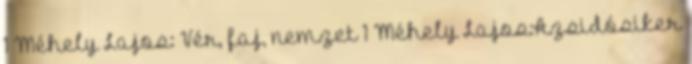
1 Méhely Lajos: Vér, faj, nemzet 1 Méhely Lajos:Azsidósiker